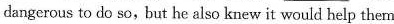
dangerous to do so,but he also knew it would help them